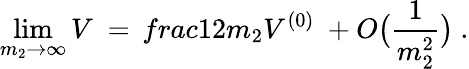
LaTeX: \operatorname*{lim}_{m_{2}\rightarrow\infty}V\ =\, frac{1}{2m_{2}}V^{(0)}\ +O\bigl(\frac{1}{m_{2}^{2}}\bigr)\ .